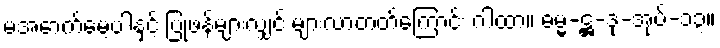
မအောက်မေ့ပါနှင့် ပြုဖန်များလျှင် များလာတတ်ကြောင်း ဂါထာ။ ဓမ္မ-ဋ္ဌ-ဒု-အုပ်-၁၃။